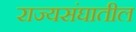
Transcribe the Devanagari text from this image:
राज्यसंघातील